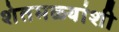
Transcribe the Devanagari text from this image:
शेतमळ्यांशी